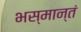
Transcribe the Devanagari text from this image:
भस्मान्तं